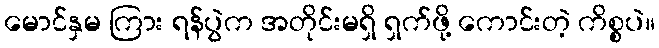
မောင်နှမ ကြား ရန်ပွဲက အတိုင်းမရှိ ရှက်ဖို့ ကောင်းတဲ့ ကိစ္စပဲ။